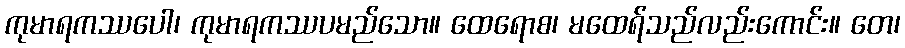
ကုမာရကဿပေါ၊ ကုမာရကဿပမည်သော။ ထေရောစ၊ မထေရ်သည်လည်းကောင်း။ တေ၊